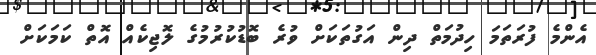
އެންމެ ފުރަތަމަ ހިދުމަތް ދިން އަގުތަކަށް ވުރެ ބޮޑުކުރުމުގެ ލޮޖިކެއް އޮތް ކަމަކަށް